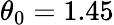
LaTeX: \theta_{0}=1.45